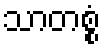
သာတစ္စံ